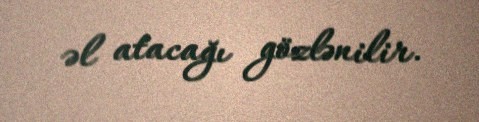
əl atacağı gözlənilir.